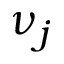
\nu _ { j }